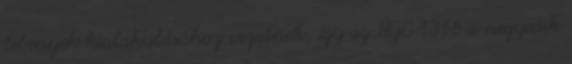
lebenyek kialakulásához vezetnek, így az NGC 1316 a negyedik